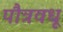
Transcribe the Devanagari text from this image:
पौत्रवधू